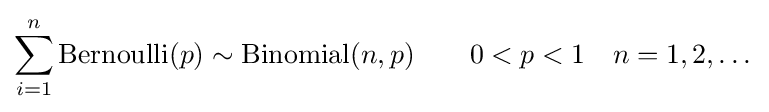
\sum _{i=1}^{n}\mathrm {Bernoulli} (p)\sim \mathrm {Binomial} (n,p)\qquad 0<p<1\quad n=1,2,\dots